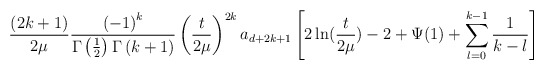
\begin{align*}\frac{(2k+1)}{2\mu}\frac{\left( -1\right)^k}{\Gamma \left( \frac 12\right) \Gamma \left( k+1\right)}\left(\frac{t}{2\mu}\right) ^{2k}a_{d+2k+1}\left[ 2\ln( \frac{t}{2\mu})-2+\Psi(1) +\sum\limits_{l=0}^{k-1}\frac 1{k-l}\right]\end{align*}